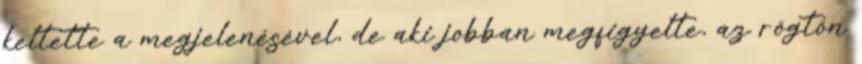
keltette a megjelenésével, de aki jobban megfigyelte, az rögtön